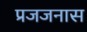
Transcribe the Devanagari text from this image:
प्रजजनास